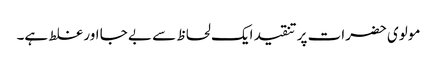
مولوی حضرات پر تنقید ایک لحاظ سے بے جا اور غلط ہے۔